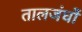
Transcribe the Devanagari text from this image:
तालजंघों